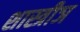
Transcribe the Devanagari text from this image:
शास्त्रीञ